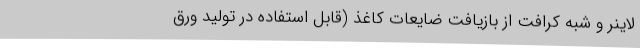
لاینر و شبه کرافت از بازیافت ضایعات کاغذ (قابل استفاده در تولید ورق